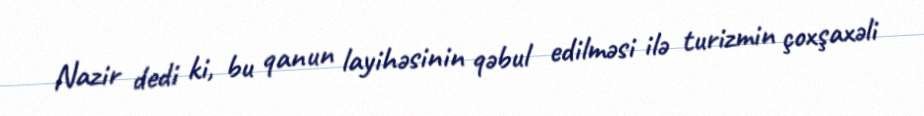
Nazir dedi ki, bu qanun layihəsinin qəbul edilməsi ilə turizmin çoxşaxəli